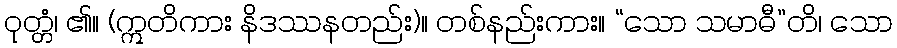
ဝုတ္တံ၊ ၏။ (ဣတိကား နိဒဿနတည်း)။ တစ်နည်းကား။ “သော သမာဓီ”တိ၊ သော